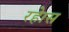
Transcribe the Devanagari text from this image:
रहेास